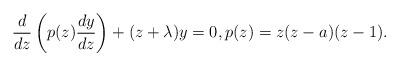
LaTeX: \begin{align*} \frac{d}{dz}\left(p(z)\frac{dy}{dz}\right)+(z+\lambda)y=0,p(z)=z(z-a)(z-1).\end{align*}